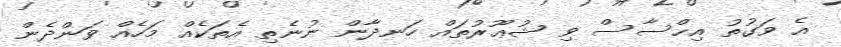
އެ ވަގުތު އިޙްސާސް ވި ޝުޢޫރުތައް ހަނދާން ނުނެތި އެތަކެއް މަހެއް ވަންދެން